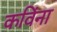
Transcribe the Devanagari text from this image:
कविंना